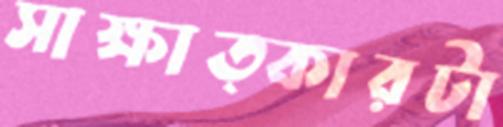
সাক্ষাত্কারটা